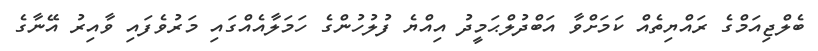
ބެލްޖިއަމްގެ ރައްޔިތެއް ކަމަށްވާ އަބްދުލްޙަމީދު އިއްޔެ ފުލުހުންގެ ހަަމަލާއެއްގައި މަރުވެފައި ވާއިރު އޭނާގެ